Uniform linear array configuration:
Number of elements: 32
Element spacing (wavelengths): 0.75
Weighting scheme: kaiser
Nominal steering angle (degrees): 60
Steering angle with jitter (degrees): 59.52
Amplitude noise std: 0.05
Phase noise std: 0.05

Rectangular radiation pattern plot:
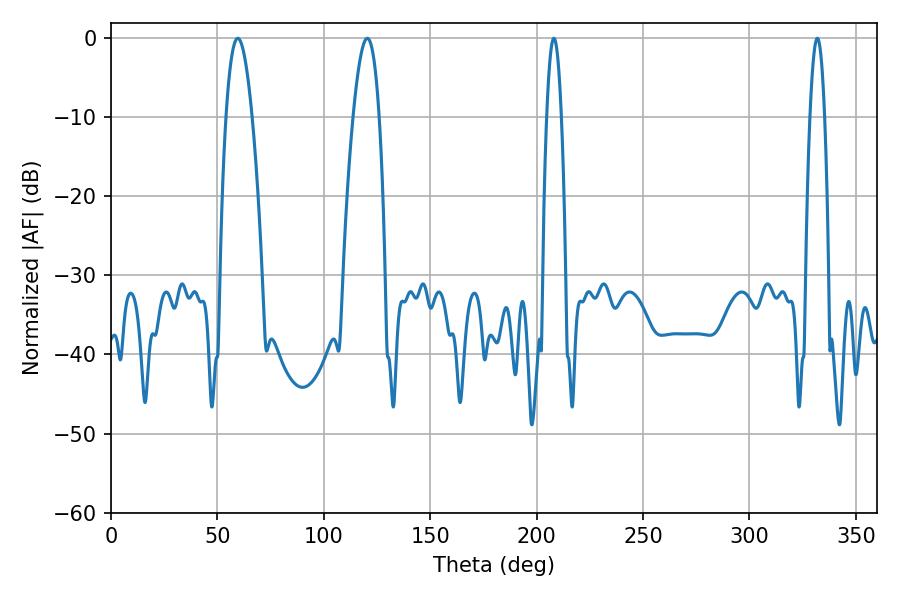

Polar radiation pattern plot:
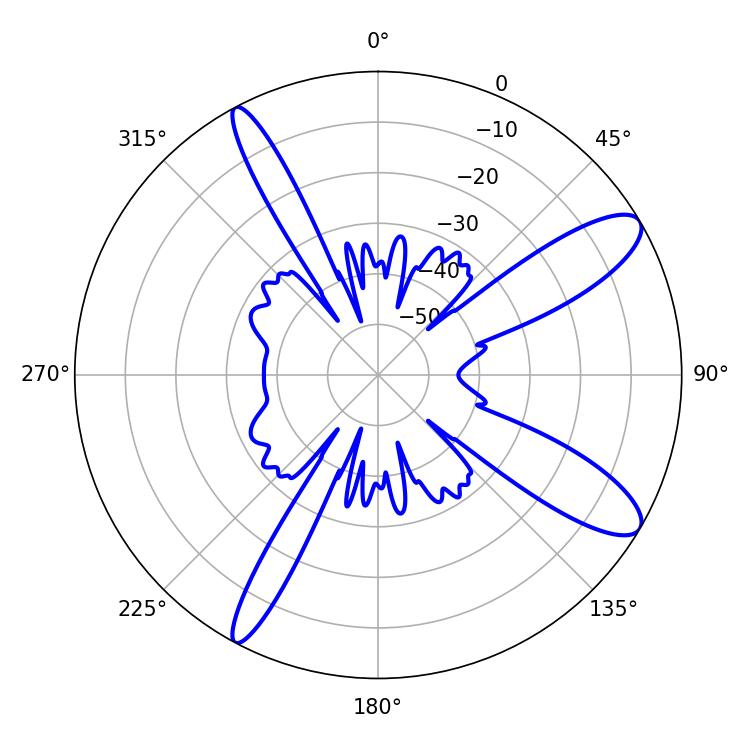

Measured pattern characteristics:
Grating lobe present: TRUE
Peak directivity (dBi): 11.223
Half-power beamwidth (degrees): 6.84
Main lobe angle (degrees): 120.42